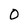
Character: O